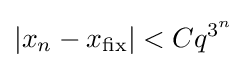
|x_{n}-x_{\text{fix}}|<Cq^{3^{n}}